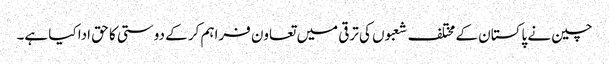
چین نے پاکستان کے مختلف شعبوں کی ترقی میں تعاون فراہم کر کے دوستی کا حق ادا کیا ہے۔